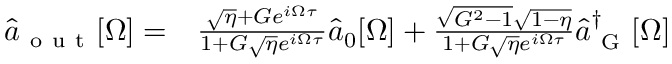
\begin{array} { r l } { \hat { a } _ { \mathrm { ~ o ~ u ~ t ~ } } [ \Omega ] = } & { { } \frac { \sqrt { \eta } + G e ^ { i \Omega \tau } } { 1 + G \sqrt { \eta } e ^ { i \Omega \tau } } \hat { a } _ { 0 } [ \Omega ] + \frac { \sqrt { G ^ { 2 } - 1 } \sqrt { 1 - \eta } } { 1 + G \sqrt { \eta } e ^ { i \Omega \tau } } \hat { a } _ { \mathrm { ~ G ~ } } ^ { \dagger } [ \Omega ] } \end{array}